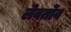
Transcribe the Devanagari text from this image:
लेवर्तोव